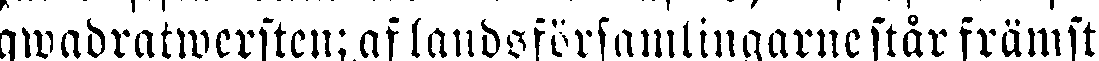
qwadratwersten; af landsförsamlingarne står främst